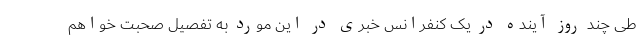
طی چند روز آینده در یک کنفرانس خبری در این مورد به تفصیل صحبت خواهم